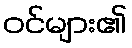
ဝင်များ၏